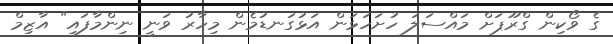
ގެ ވޯކިން ގްރޫޕަށް މައްސަލަ ހުށަހަޅަން އަޅުގަނޑުމެން މިހާރު ވަނީ ނިންމާފައި" އާޒިމް